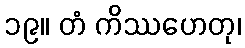
၁၉။ တံ ကိဿဟေတု၊